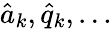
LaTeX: \hat{a}_{k},\hat{q}_{k},\dots